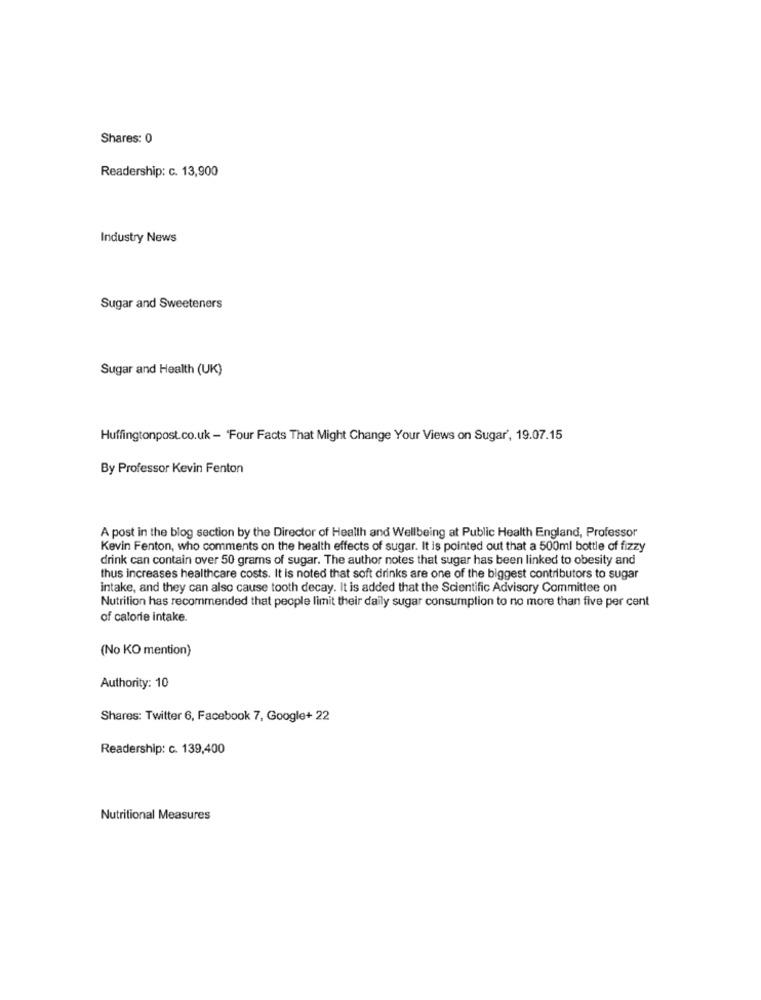
Shares: 0
Readership: c. 13,900
Industry News
Sugar and Sweeteners
Sugar and Health (UK)
Huffingtonpost.co.uk - 'Four Facts That Might Change Your Views on Sugar', 19.07.15
By Professor Kevin Fenton
A post in the blog section by the Director of Health and Wellbeing at Public Health England, Professor
Kevin Fenton, who comments on the health effects of sugar. It is pointed out that a 500ml bottle of fizzy
drink can contain over 50 grams of sugar. The author notes that sugar has been linked to obesity and
thus increases healthcare costs. It is noted that soft drinks are one of the biggest contributors to sugar
intake, and they can also cause tooth decay. It is added that the Scientific Advisory Committee on
Nutrition has recommended that people limit their daily sugar consumption to no more than five per cent
of calorie intake.
(No KO mention)
Authority: 10
Shares: Twitter 6, Facebook 7, Google+ 22
Readership: c. 139,400
Nutritional Measures